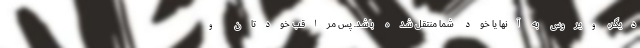
دیگر، ویروس به آنها یا خود شما منتقل شده باشد. پس مراقب خودتان و